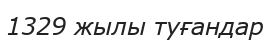
1329 жылы туғандар